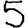
Digit: 5